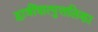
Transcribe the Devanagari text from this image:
द्वात्रींशत्पुत्तलिका